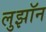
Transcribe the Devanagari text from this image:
लुझॉन